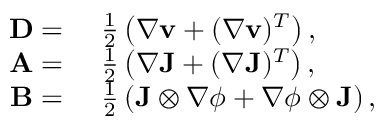
\begin{array} { r l } { \mathbf { D } = } & { ~ \frac { 1 } { 2 } \left( \nabla \mathbf { v } + ( \nabla \mathbf { v } ) ^ { T } \right) , } \\ { \mathbf { A } = } & { ~ \frac { 1 } { 2 } \left( \nabla \mathbf { J } + ( \nabla \mathbf { J } ) ^ { T } \right) , } \\ { \mathbf { B } = } & { ~ \frac { 1 } { 2 } \left( \mathbf { J } \otimes \nabla \phi + \nabla \phi \otimes \mathbf { J } \right) , } \end{array}